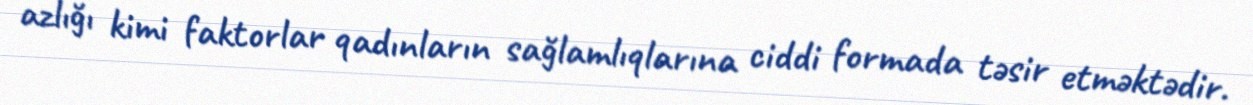
azlığı kimi faktorlar qadınların sağlamlıqlarına ciddi formada təsir etməktədir.